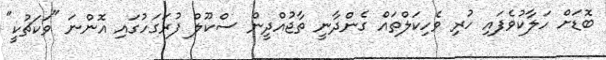
ބޮޑަށް ހަލާކުވެފައި ހުރި ވެހިކަލްތައް ގެންދާނީ ތާޖުއްދީން ސްކޫލް ފުރަގަހުގައި އޮންނަ "ވަކަޗުކީ"